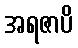
အရဇာပိ